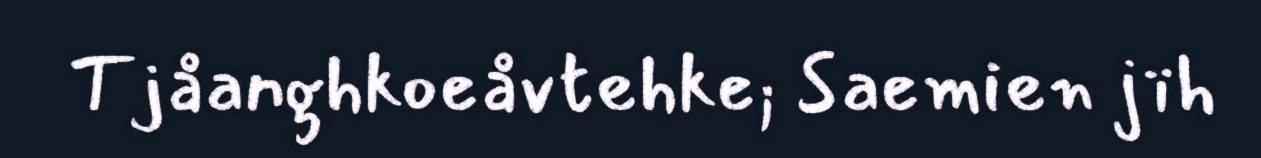
Tjåanghkoeåvtehke; Saemien jïh